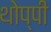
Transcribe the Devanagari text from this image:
थोप्पी